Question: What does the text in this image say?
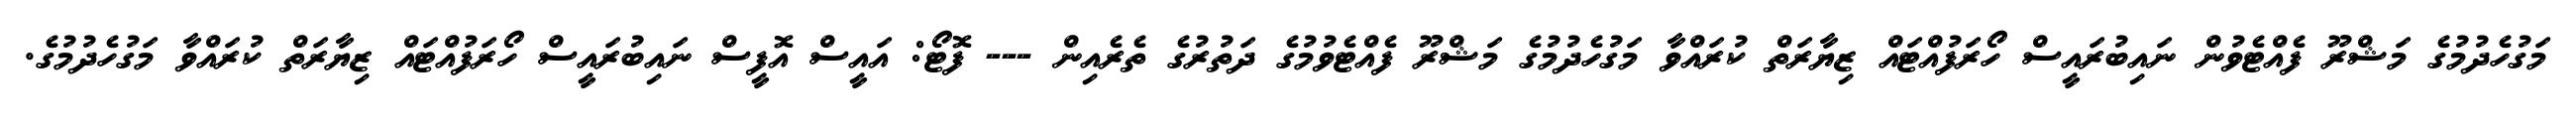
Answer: މަގުހެދުމުގެ މަޝްރޫ ފެއްޓެވުން ނައިބުރައީސް ހޯރަފުއްޓައް ޒިޔާރަތް ކުރައްވާ މަގުހެދުމުގެ މަޝްރޫ ފެއްޓެވުމުގެ ދަތުރުގެ ތެރެއިން --- ފޮޓޯ: އައީސް އޮފީސް ނައިބުރައީސް ހޯރަފުއްޓައް ޒިޔާރަތް ކުރައްވާ މަގުހެދުމުގެ.